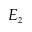
E _ { z }